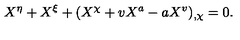
X ^ { \eta } + X ^ { \xi } + ( X ^ { \chi } + v X ^ { a } - a X ^ { v } ) _ { , \chi } = 0 .